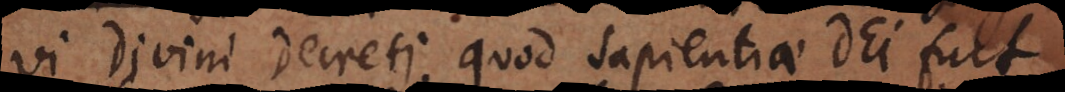
vi Divini Decreti, quod sapientiae Dei fuit